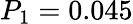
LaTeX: P_{1}=0.045